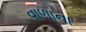
વાળાના